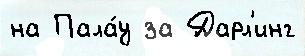
на Пала́у за Дарл'инг